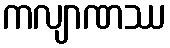
ကလျာဏဿ